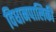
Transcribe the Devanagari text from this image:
विधानपालिकी